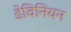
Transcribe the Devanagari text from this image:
डेविनियन